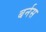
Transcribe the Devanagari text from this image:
बर्नस